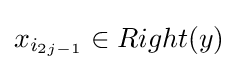
x_{i_{2j-1}}\in Right(y)